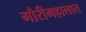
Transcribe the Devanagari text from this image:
गौरीमहालात